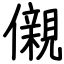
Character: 儭